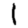
Digit: 1